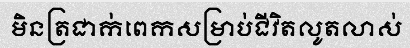
មិនត្រជាក់ពេកសម្រាប់ជីវិតលូតលាស់